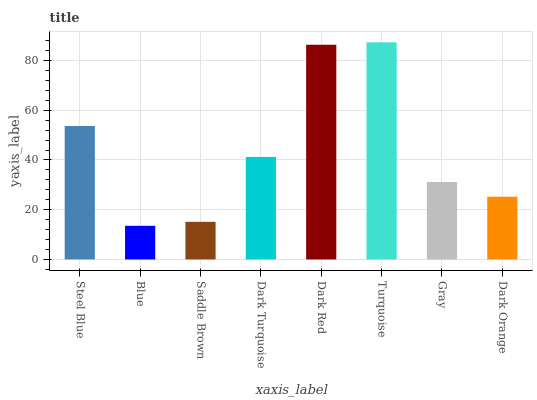
| xaxis_label | bars |
 | --- | --- |
 | Steel Blue | 53.6 |
 | Blue | 13.5 |
 | Saddle Brown | 15.1 |
 | Dark Turquoise | 41.2 |
 | Dark Red | 86.3 |
 | Turquoise | 87.3 |
 | Gray | 31.1 |
 | Dark Orange | 25.2 |